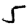
Digit: 5